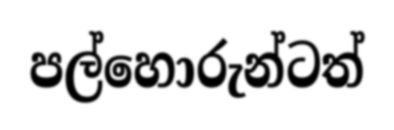
පල්හොරුන්ටත්